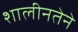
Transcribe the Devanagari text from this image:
शालीनतेने